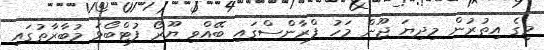
މީގެ އިތުރުން މިދިޔަ ޖޫން މަހު ފްރާންސްގައި ބޭއްވި ޔޫރޯ ފުޓްބޯޅަ މުބާރާތުގައި